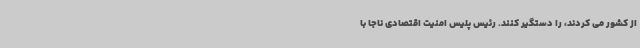
از کشور می کردند، را دستگیر کنند. رئیس پلیس امنیت اقتصادی ناجا با